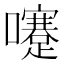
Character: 𡄓